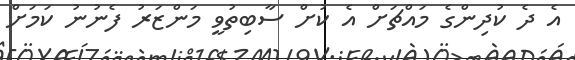
އެ ދެ ކުދިންގެ މައްޗަށް އެ ކުށް ސާބިތުވީ މަންޒަރު ފެނުނު ކަމަށް